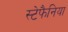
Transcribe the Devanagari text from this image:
स्टेफैनिया